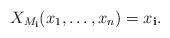
LaTeX: \begin{align*}X_{M_\mathbf i}(x_1, \dots, x_n) = x_\mathbf i.\end{align*}